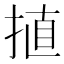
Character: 㨁